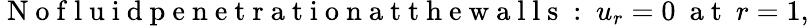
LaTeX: \mathrm{~N~o~f~l~u~i~d~p~e~n~e~t~r~a~t~i~o~n~a~t~t~h~e~w~a~l~l~s~:~}u_{r}=0~\mathrm{~a~t~}~r=1,